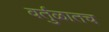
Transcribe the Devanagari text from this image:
वर्तुळातच